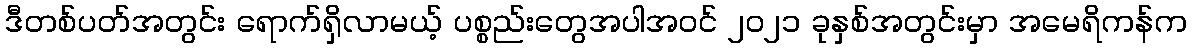
ဒီတစ်ပတ်အတွင်း ရောက်ရှိလာမယ့် ပစ္စည်းတွေအပါအဝင် ၂၀၂၁ ခုနှစ်အတွင်းမှာ အမေရိကန်က